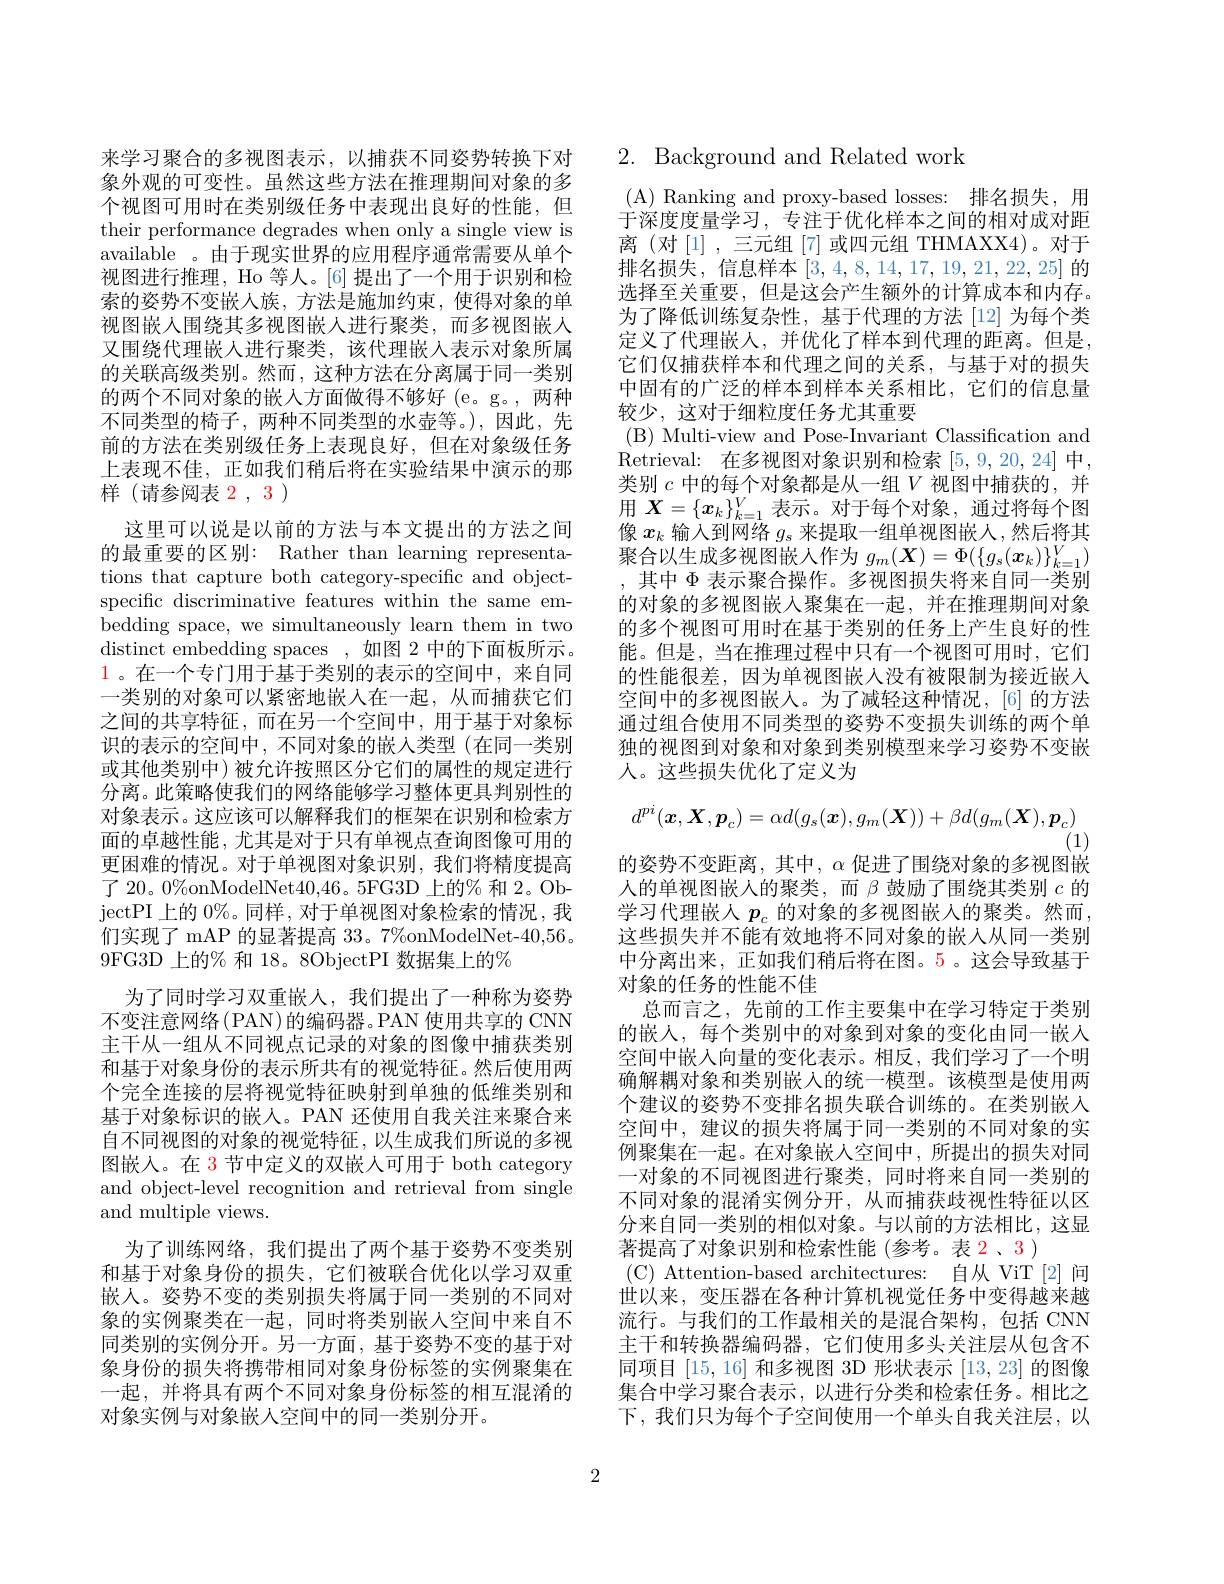
来学习聚合的多视图表示，以捕获不同姿势转换下对象外观的可变性。虽然这些方法在推理期间对象的多个视图可用时在类别级任务中表现出良好的性能，但their performance degrades when only a single view is available 。由于现实世界的应用程序通常需要从单个视图进行推理，Ho 等人。[6] 提出了一个用于识别和检索的姿势不变嵌人族，方法是施加约束，使得对象的单视图嵌人围绕其多视图嵌入进行聚类，而多视图嵌人又围绕代理嵌人进行聚类，该代理嵌入表示对象所属的关联高级类别。然而，这种方法在分离属于同一类别的两个不同对象的嵌入方面做得不够好(e。g。,两种不同类型的椅子，两种不同类型的水壶等。),因此，先前的方法在类别级任务上表现良好，但在对象级任务上表现不佳，正如我们稍后将在实验结果中演示的那样 (请参阅表 2, 3 )

这里可以说是以前的方法与本文提出的方法之间的最重要的区别：Rather than learning representations that capture both category-specific and objectspecific discriminative features within the same embedding space, we simultaneously learn them in two distinct embedding spaces , 如 图 2 中 的 下 面 板 所 示 。1。在一个专门用于基于类别的表示的空间中，来自同一类别的对象可以紧密地嵌入在一起，从而捕获它们之间的共享特征，而在另一个空间中，用于基于对象标识的表示的空间中，不同对象的嵌入类型(在同一类别或其他类别中)被允许按照区分它们的属性的规定进行分离。此策略使我们的网络能够学习整体更具判别性的对象表示。这应该可以解释我们的框架在识别和检索方面的卓越性能，尤其是对于只有单视点查询图像可用的更困难的情况。对于单视图对象识别，我们将精度提高了 20。0%onModelNet40,46。5FG3D 上的% 和 2。ObjectPI 上 的 0$\%$。同 样 , 对 于 单 视 图 对 象 检 索 的 情 况 , 我 们实现了 mAP 的显著提高 33。7%onModelNet-40,56。9FG3D 上的% 和 18。8ObjectPI 数据集上的%
为了同时学习双重嵌人，我们提出了一种称为姿势不变注意网络(PAN)的编码器。PAN 使用共享的 CNN 主干从一组从不同视点记录的对象的图像中捕获类别和基于对象身份的表示所共有的视觉特征。然后使用两个完全连接的层将视觉特征映射到单独的低维类别和基于对象标识的嵌人。PAN 还使用自我关注来聚合来自不同视图的对象的视觉特征，以生成我们所说的多视图嵌入。在 3 节中定义的双嵌人可用于 both category and object-level recognition and retrieval from single and multiple views.
为了训练网络，我们提出了两个基于姿势不变类别和基于对象身份的损失，它们被联合优化以学习双重嵌人。姿势不变的类别损失将属于同一类别的不同对象的实例聚类在一起，同时将类别嵌人空间中来自不同类别的实例分开。另一方面，基于姿势不变的基于对象身份的损失将携带相同对象身份标签的实例聚集在一起，并将具有两个不同对象身份标签的相互混淆的对象实例与对象嵌入空间中的同一类别分开。

# 2. Background and Related work

( A) Ranking and proxy- based losses: 排名损失，用于深度度量学习，专注于优化样本之间的相对成对距离(对[1],三元组[7]或四元组 THMAXX4)。对于排名损失，信息样本[3,4,8,14,17,19,21,22,25]的选择至关重要，但是这会产生额外的计算成本和内存。为了降低训练复杂性，基于代理的方法[12]为每个类定义了代理嵌入，并优化了样本到代理的距离。但是， 它们仅捕获样本和代理之间的关系，与基于对的损失中固有的广泛的样本到样本关系相比，它们的信息量较少，这对于细粒度任务尤其重要
( B) Multi- view and Pose- Invariant Classification and Retrieval: 在多视图对象识别和检索 [5,9,20,24] 中， 类别$c$中的每个对象都是从一组$V$视图中捕获的，并用$\boldsymbol{X}=\{\boldsymbol{x}_k\}_{k=1}^V$表示。对于每个对象，通过将每个图像$x_k$输入到网络$g_s$来提取一组单视图嵌人，然后将其聚合以生成多视图嵌人作为$g_m(\boldsymbol{X})=\Phi(\{g_s(\boldsymbol{x}_k)\}_{k=1}^V)$ ,其中$\Phi$表示聚合操作。多视图损失将来自同一类别的对象的多视图嵌入聚集在一起，并在推理期间对象的多个视图可用时在基于类别的任务上产生良好的性能。但是，当在推理过程中只有一个视图可用时，它们的性能很差，因为单视图嵌入没有被限制为接近嵌人空间中的多视图嵌人。为了减轻这种情况，[6] 的方法通过组合使用不同类型的姿势不变损失训练的两个单独的视图到对象和对象到类别模型来学习姿势不变嵌人。这些损失优化了定义为
$$d^{pi}(\boldsymbol{x},\boldsymbol{X},\boldsymbol{p}_c)=\alpha d(g_s(\boldsymbol{x}),g_m(\boldsymbol{X}))+\beta d(g_m(\boldsymbol{X}),\boldsymbol{p}_c)$$
(1)
的姿势不变距离，其中，$\alpha$促进了围绕对象的多视图嵌人的单视图嵌人的聚类，而$\beta$鼓励了围绕其类别$c$的学习代理嵌人$p_c$的对象的多视图嵌入的聚类。然而， 这些损失并不能有效地将不同对象的嵌人从同一类别中分离出来，正如我们稍后将在图。5。这会导致基于对象的任务的性能不佳
总而言之，先前的工作主要集中在学习特定于类别的嵌入，每个类别中的对象到对象的变化由同一嵌入空间中嵌入向量的变化表示。相反，我们学习了一个明确解耦对象和类别嵌入的统一模型。该模型是使用两个建议的姿势不变排名损失联合训练的。在类别嵌入空间中，建议的损失将属于同一类别的不同对象的实例聚集在一起。在对象嵌人空间中，所提出的损失对同一对象的不同视图进行聚类，同时将来自同一类别的不同对象的混淆实例分开，从而捕获歧视性特征以区分来自同一类别的相似对象。与以前的方法相比，这显著提高了对象识别和检索性能 (参考。表 2、3 )
(C) Attention-based architectures: 自从 ViT [2] 问世以来，变压器在各种计算机视觉任务中变得越来越流行。与我们的工作最相关的是混合架构，包括 CNN 主干和转换器编码器，它们使用多头关注层从包含不同项目[15,16]和多视图 3D 形状表示[13,23]的图像集合中学习聚合表示，以进行分类和检索任务。相比之下，我们只为每个子空间使用一个单头自我关注层，以
2